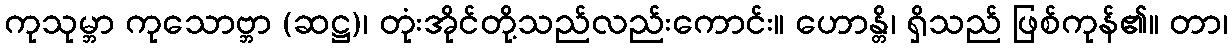
ကုသုမ္ဘာ ကုသောဗ္ဘာ (ဆဋ္ဌ)၊ တုံးအိုင်တို့သည်လည်းကောင်း။ ဟောန္တိ၊ ရှိသည် ဖြစ်ကုန်၏။ တာ၊